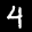
Label: 4